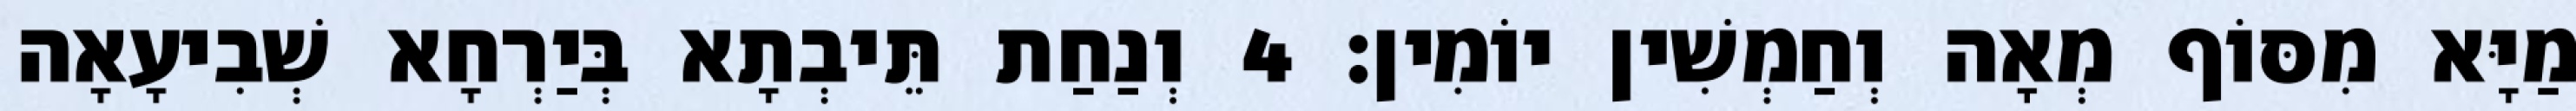
מַיָּא מִסּוֹף מְאָה וְחַמְשִׁין יוֹמִין׃ 4 וְנַחַת תֵּיבְתָא בְּיַרְחָא שְׁבִיעָאָה